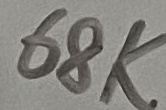
Text: 68K